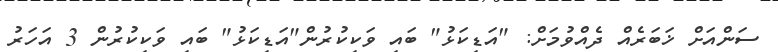
ސަންއަށް ޚަބަރެއް ދެއްވުމަށް: "އަޑިކަޅު" ބައި ވަކިކުރުން"އަޑިކަޅު" ބައި ވަކިކުރުން 3 އަހަރު